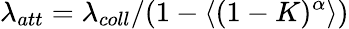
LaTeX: \lambda_{att}=\lambda_{coll}/(1-\langle(1-K)^{\alpha}\rangle)